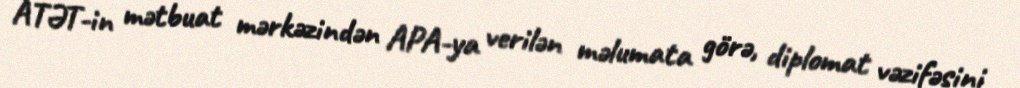
ATƏT-in mətbuat mərkəzindən APA-ya verilən məlumata görə, diplomat vəzifəsini